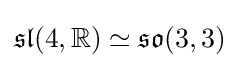
{\mathfrak {sl}}(4,\mathbb {R} )\simeq {\mathfrak {so}}(3,3)